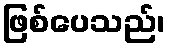
ဖြစ်ပေသည်၊